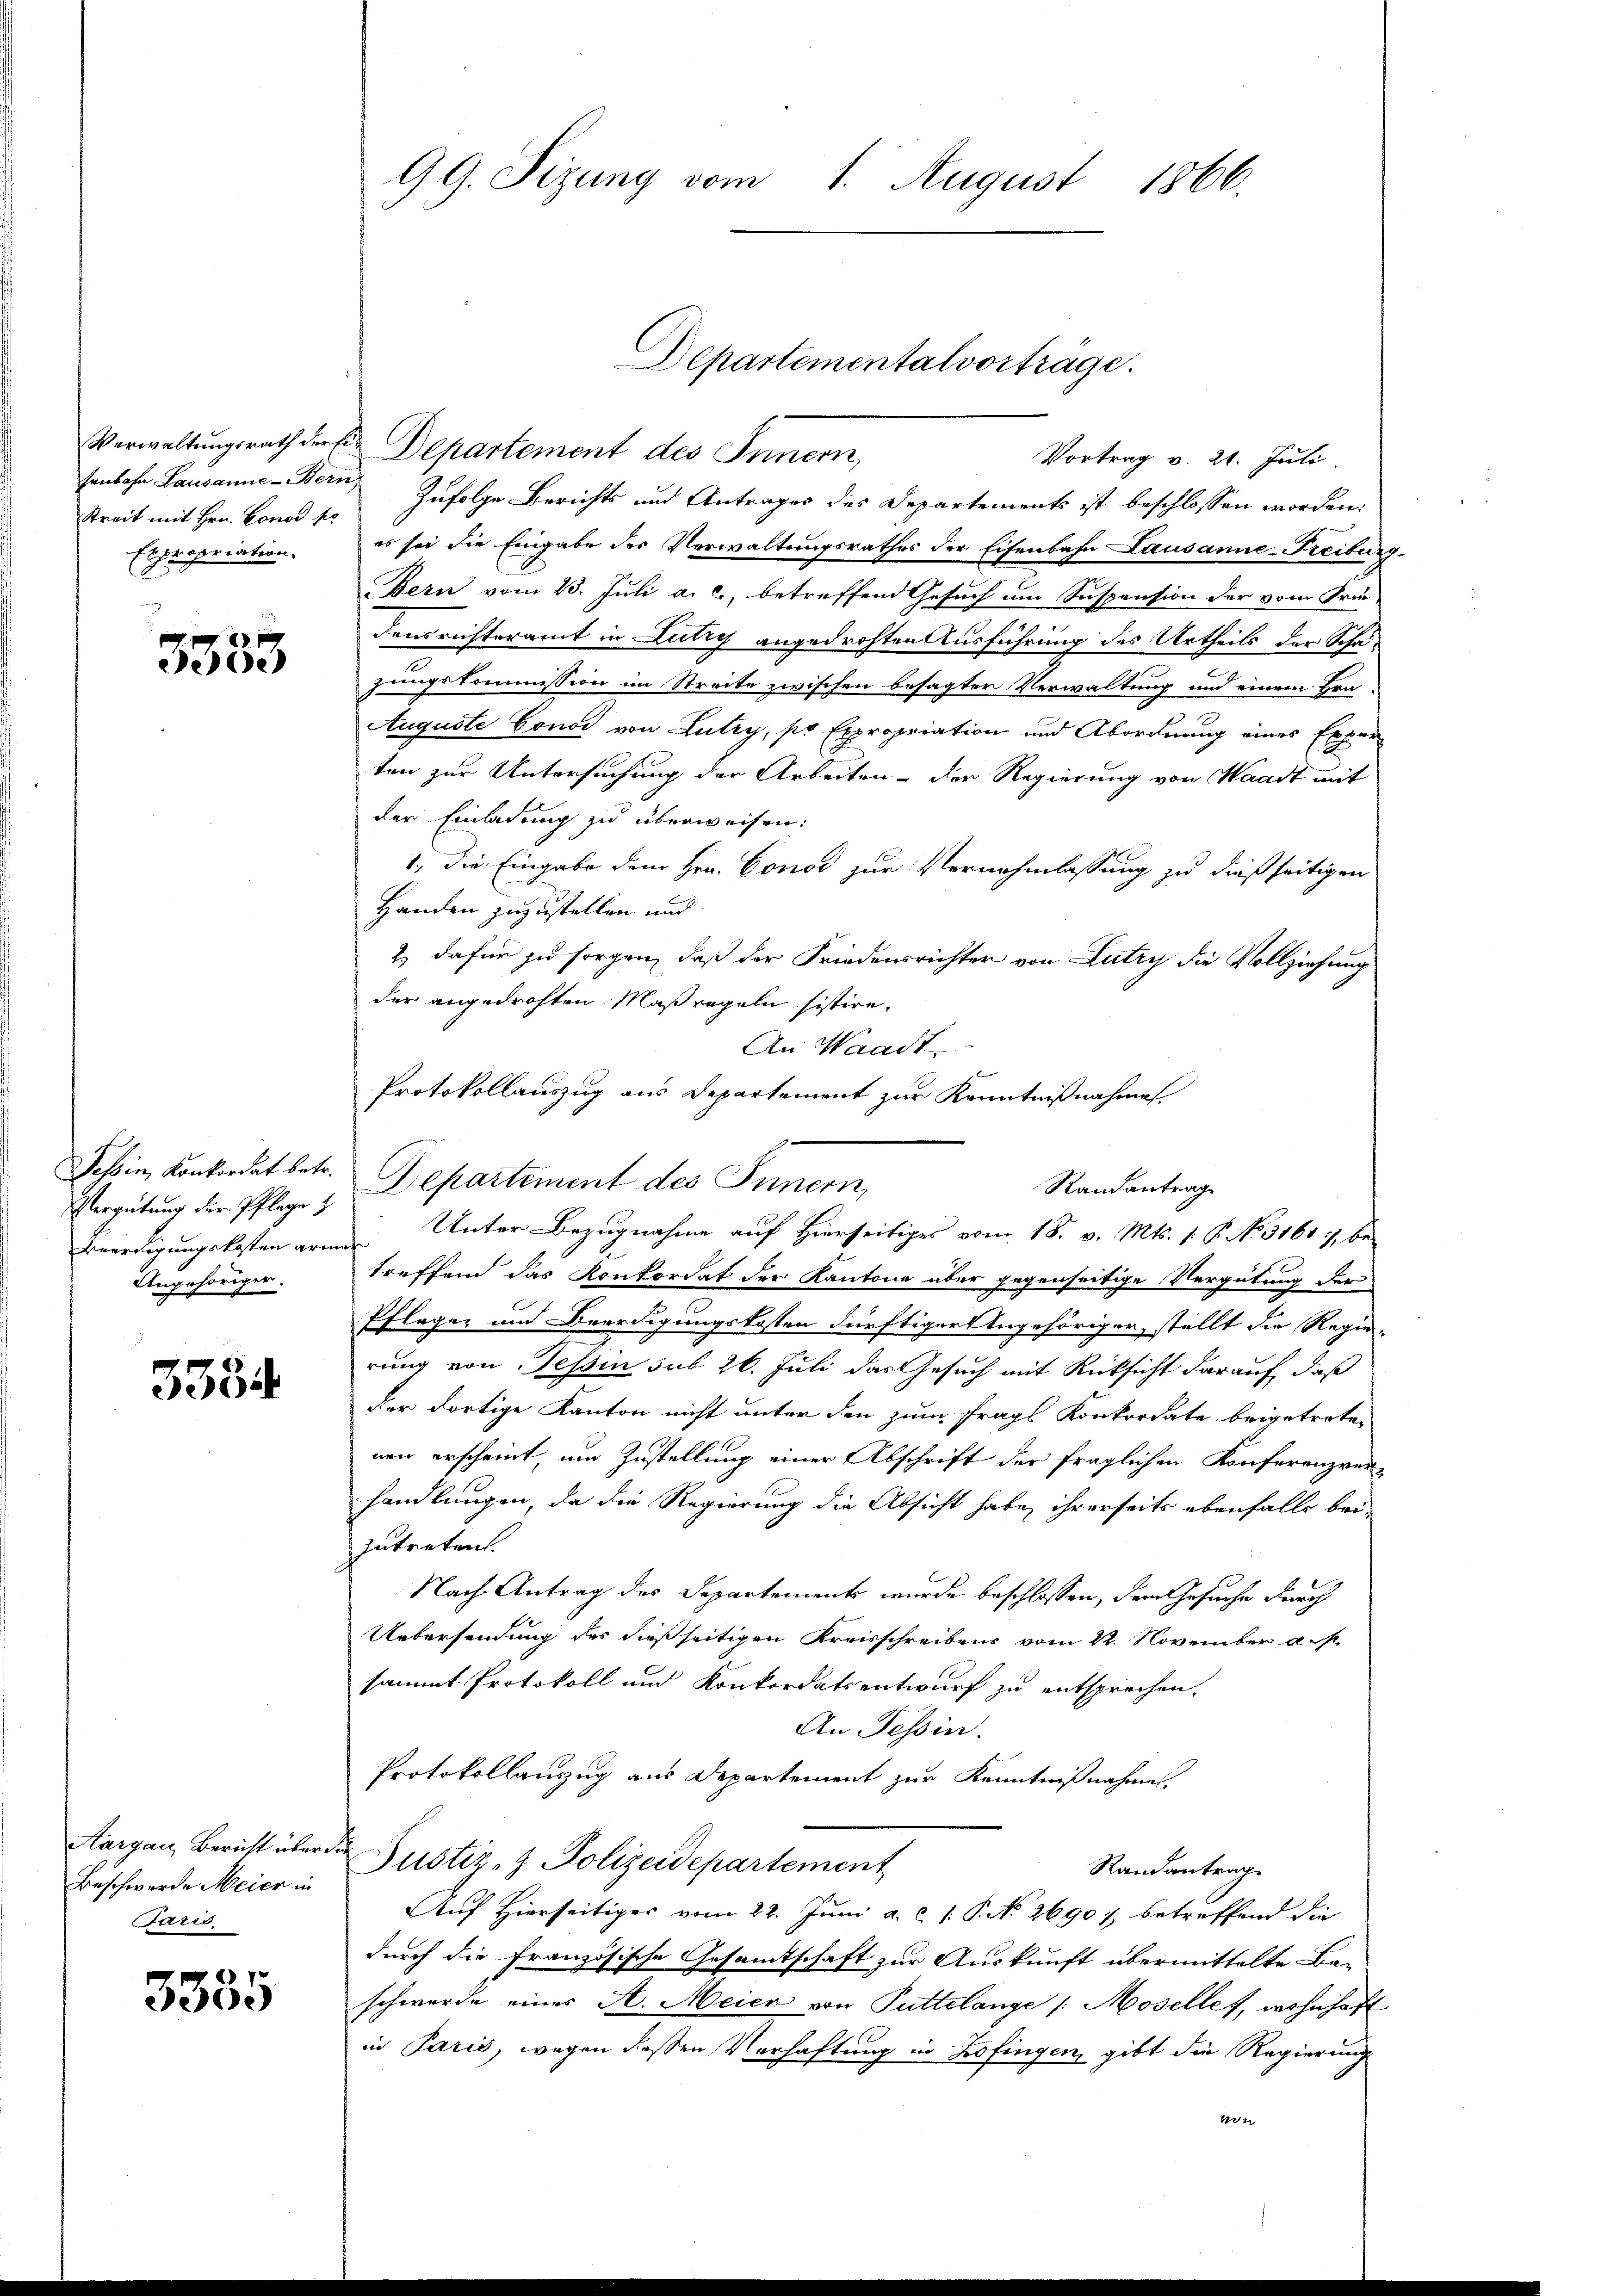
Streit mit Hrn. Conod pr
Expropriation.

3333

Tessin, Konkordat betr.
Vergütung der Pflege z
Angehöriger.

3384

Aargau, Bericht über¬
Beschwerde Meier in
Paris

3355

99. Sizung vom 1. August 1866.

Verwaltungsrath der Ein Departement des Innern,
Vortrag v. 21. Juli.
senbahn Lausanne-Bern, Zufolge Berichts und Antrages des Departements ist beschlossen worden:
es sei die Eingabe der Verwaltungsrathes der Eisenbahn Lausanne-Freiburg
Bern vom 23. Juli a. c., betreffend Gesuch um Suspension der vom Frei-
densrichteramt in Lutry angedrohten Ausführung des Urtheils der Schäzungskommission im Streite zwischen besagter Verwaltung und einem Fra¬
Auguste Condi von Lutry, po Expropriation und Abordnung eines Experten zur Untersuchung der Arbeiten - der Regierung von Waadt mit
der Einladung zu überweisen:
1., die Eingabe dem Hrn. Conce zur Vernahmlassung zu dießseitigen
Handen zuzustellen und
2.) dafür zu sorgen, daß der Friedensrichter von Lutry die Vollziehung
der angedrohten Maßregeln sistire.
An Waadt,
Departement des Innern,
treffend das Konkordat der Kantone aber gegenseitige Vergütung der
Pfleger und Beerdigungskosten dürftiger Angehöriger, stellt die Regierung von Tessin sub 26. Juli das Gesuch mit Rücksicht darauf, daß
der dortige Kanton nicht unter den zum Frags Konkordate beigetreten
nen erscheint, um Zustellung einer Abschrift der fraglichen Konferenzverhandlungen, da die Regierung die Absicht habe, ihrerseits ebenfalls bei-
zutreten.
Nach Antrag des Departements wurde beschlossen, dem Gesuche durch
Uebersendung des dießseitigen Kreisschreibens vom 22. November a. s
sammt Protokoll und Konkordatsentwurf zu entsprechen,
An Tessin.
Protokollanzug aus Departement zur Kenntnißnahmen,
f
Justiz- & Polizeidepartement
Randantrag
Auf Hierseitiges vom 22. Juni a. c. 1. P. No 26907 betreffend die
durch die Französische Gesamtschaft zur Auskunft übermittelte Be-
schwerde eines A. Meier von Puttelange /: Mosellet, wohnhaft
in Paris, wegen dessen Verhaftung in Zofingen, gibt die Regierung
von

Departementalvorträge.

Protokollauszug aus Departement zur Kenntnißnahme
Randantrag
Beerdigungskosten arme Unter Bezugnahme auf Hierseitiges vom 18. v. Mts. 1. P. No. 3161 :/ be